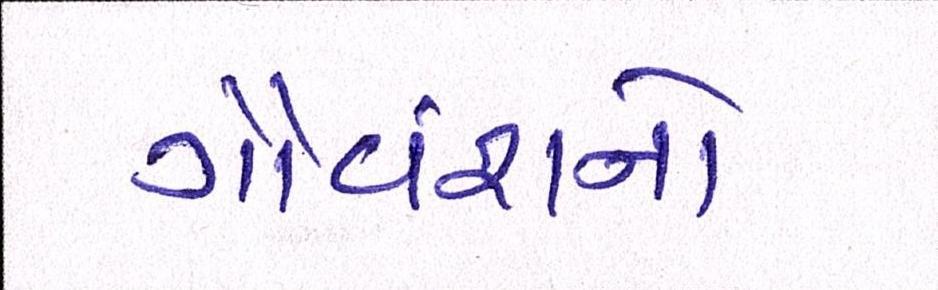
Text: ગૌવંશનો